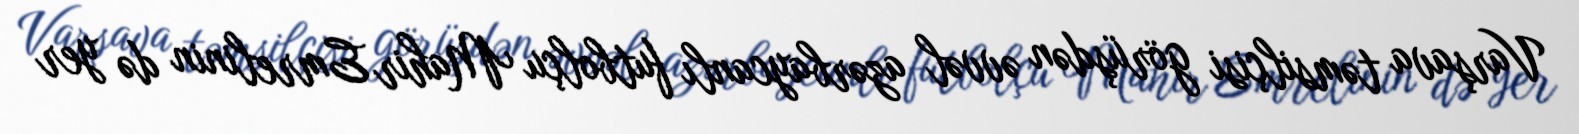
Varşava təmsilçisi görüşdən əvvəl azərbaycanlı futbolçu Mahir Emrelinin də yer